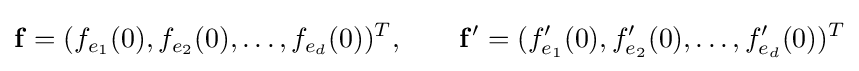
\mathbf {f} =(f_{e_{1}}(0),f_{e_{2}}(0),\dots ,f_{e_{d}}(0))^{T},\qquad \mathbf {f} '=(f'_{e_{1}}(0),f'_{e_{2}}(0),\dots ,f'_{e_{d}}(0))^{T}